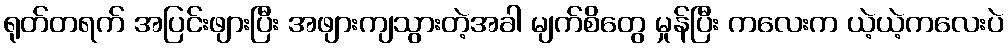
ရုတ်တရက် အပြင်းဖျားပြီး အဖျားကျသွားတဲ့အခါ မျက်စိတွေ မှုန်ပြီး ကလေးက ယဲ့ယဲ့ကလေးပဲ